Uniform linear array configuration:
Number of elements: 24
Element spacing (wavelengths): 0.75
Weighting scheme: uniform
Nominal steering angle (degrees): -60
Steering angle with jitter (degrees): -59.455
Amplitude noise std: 0.05
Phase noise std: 0.05

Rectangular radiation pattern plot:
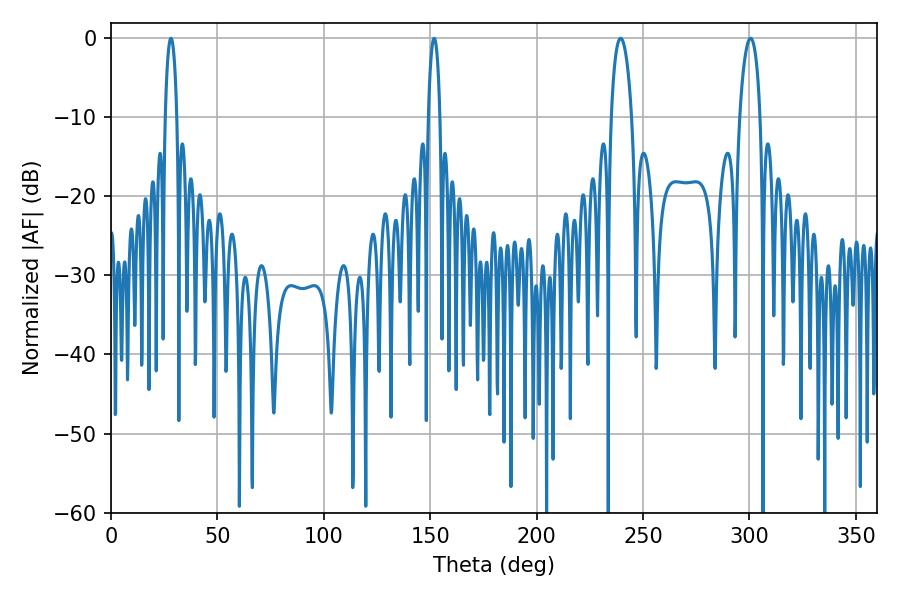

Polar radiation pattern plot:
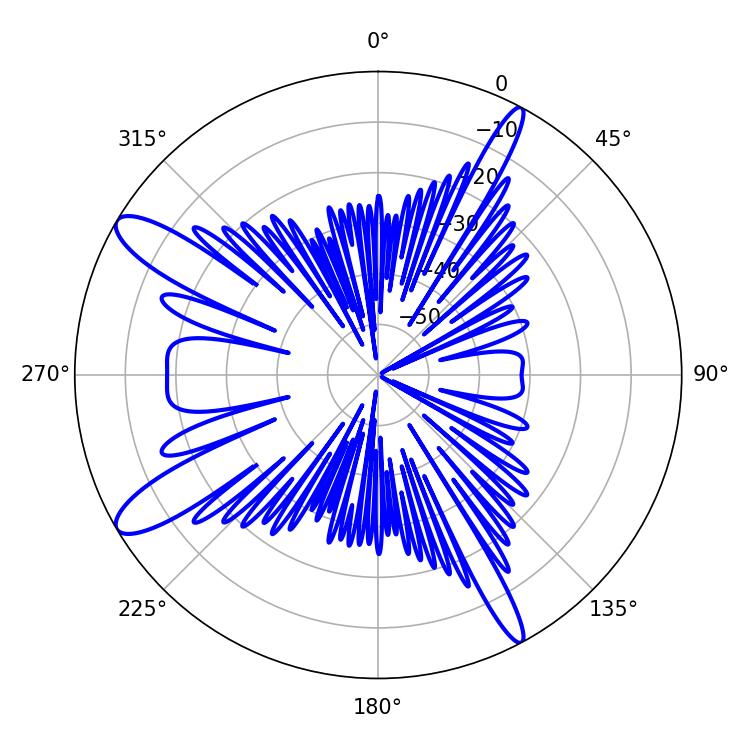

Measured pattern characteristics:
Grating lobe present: TRUE
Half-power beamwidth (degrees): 5.4
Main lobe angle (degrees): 239.4